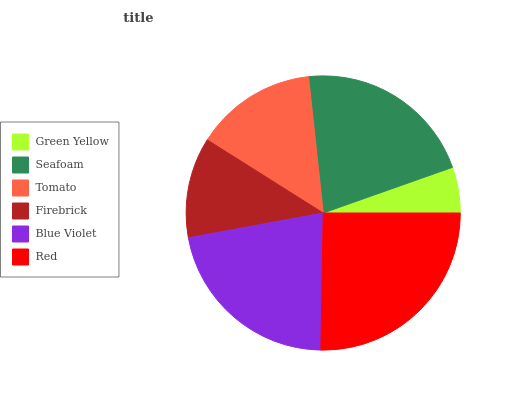
| Green Yellow | Seafoam | Tomato | Firebrick | Blue Violet | Red |
 | --- | --- | --- | --- | --- | --- |
 | 5.39% | 21.3% | 14.3% | 11.8% | 21.8% | 25.3% |